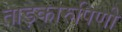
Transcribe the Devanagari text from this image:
ताड़कारुपिणी